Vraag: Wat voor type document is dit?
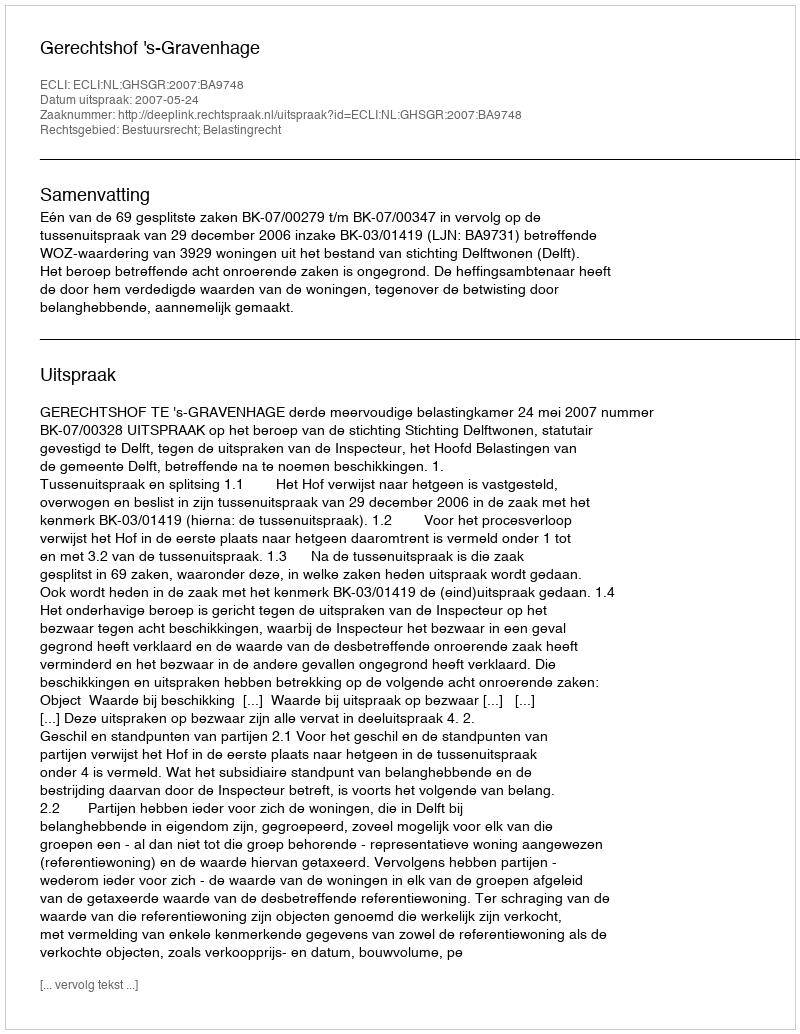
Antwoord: Uitspraak